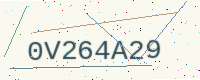
Text: 0V264A29